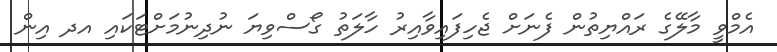
އެމްވީ މާލޭގެ ރައްޔިތުން ފެނަށް ޖެހިފައިވާއިރު ހާލަތު ގޯސްވިޔަ ނުދިނުމަށްޓަކައި އދ އިން